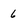
Character: 6